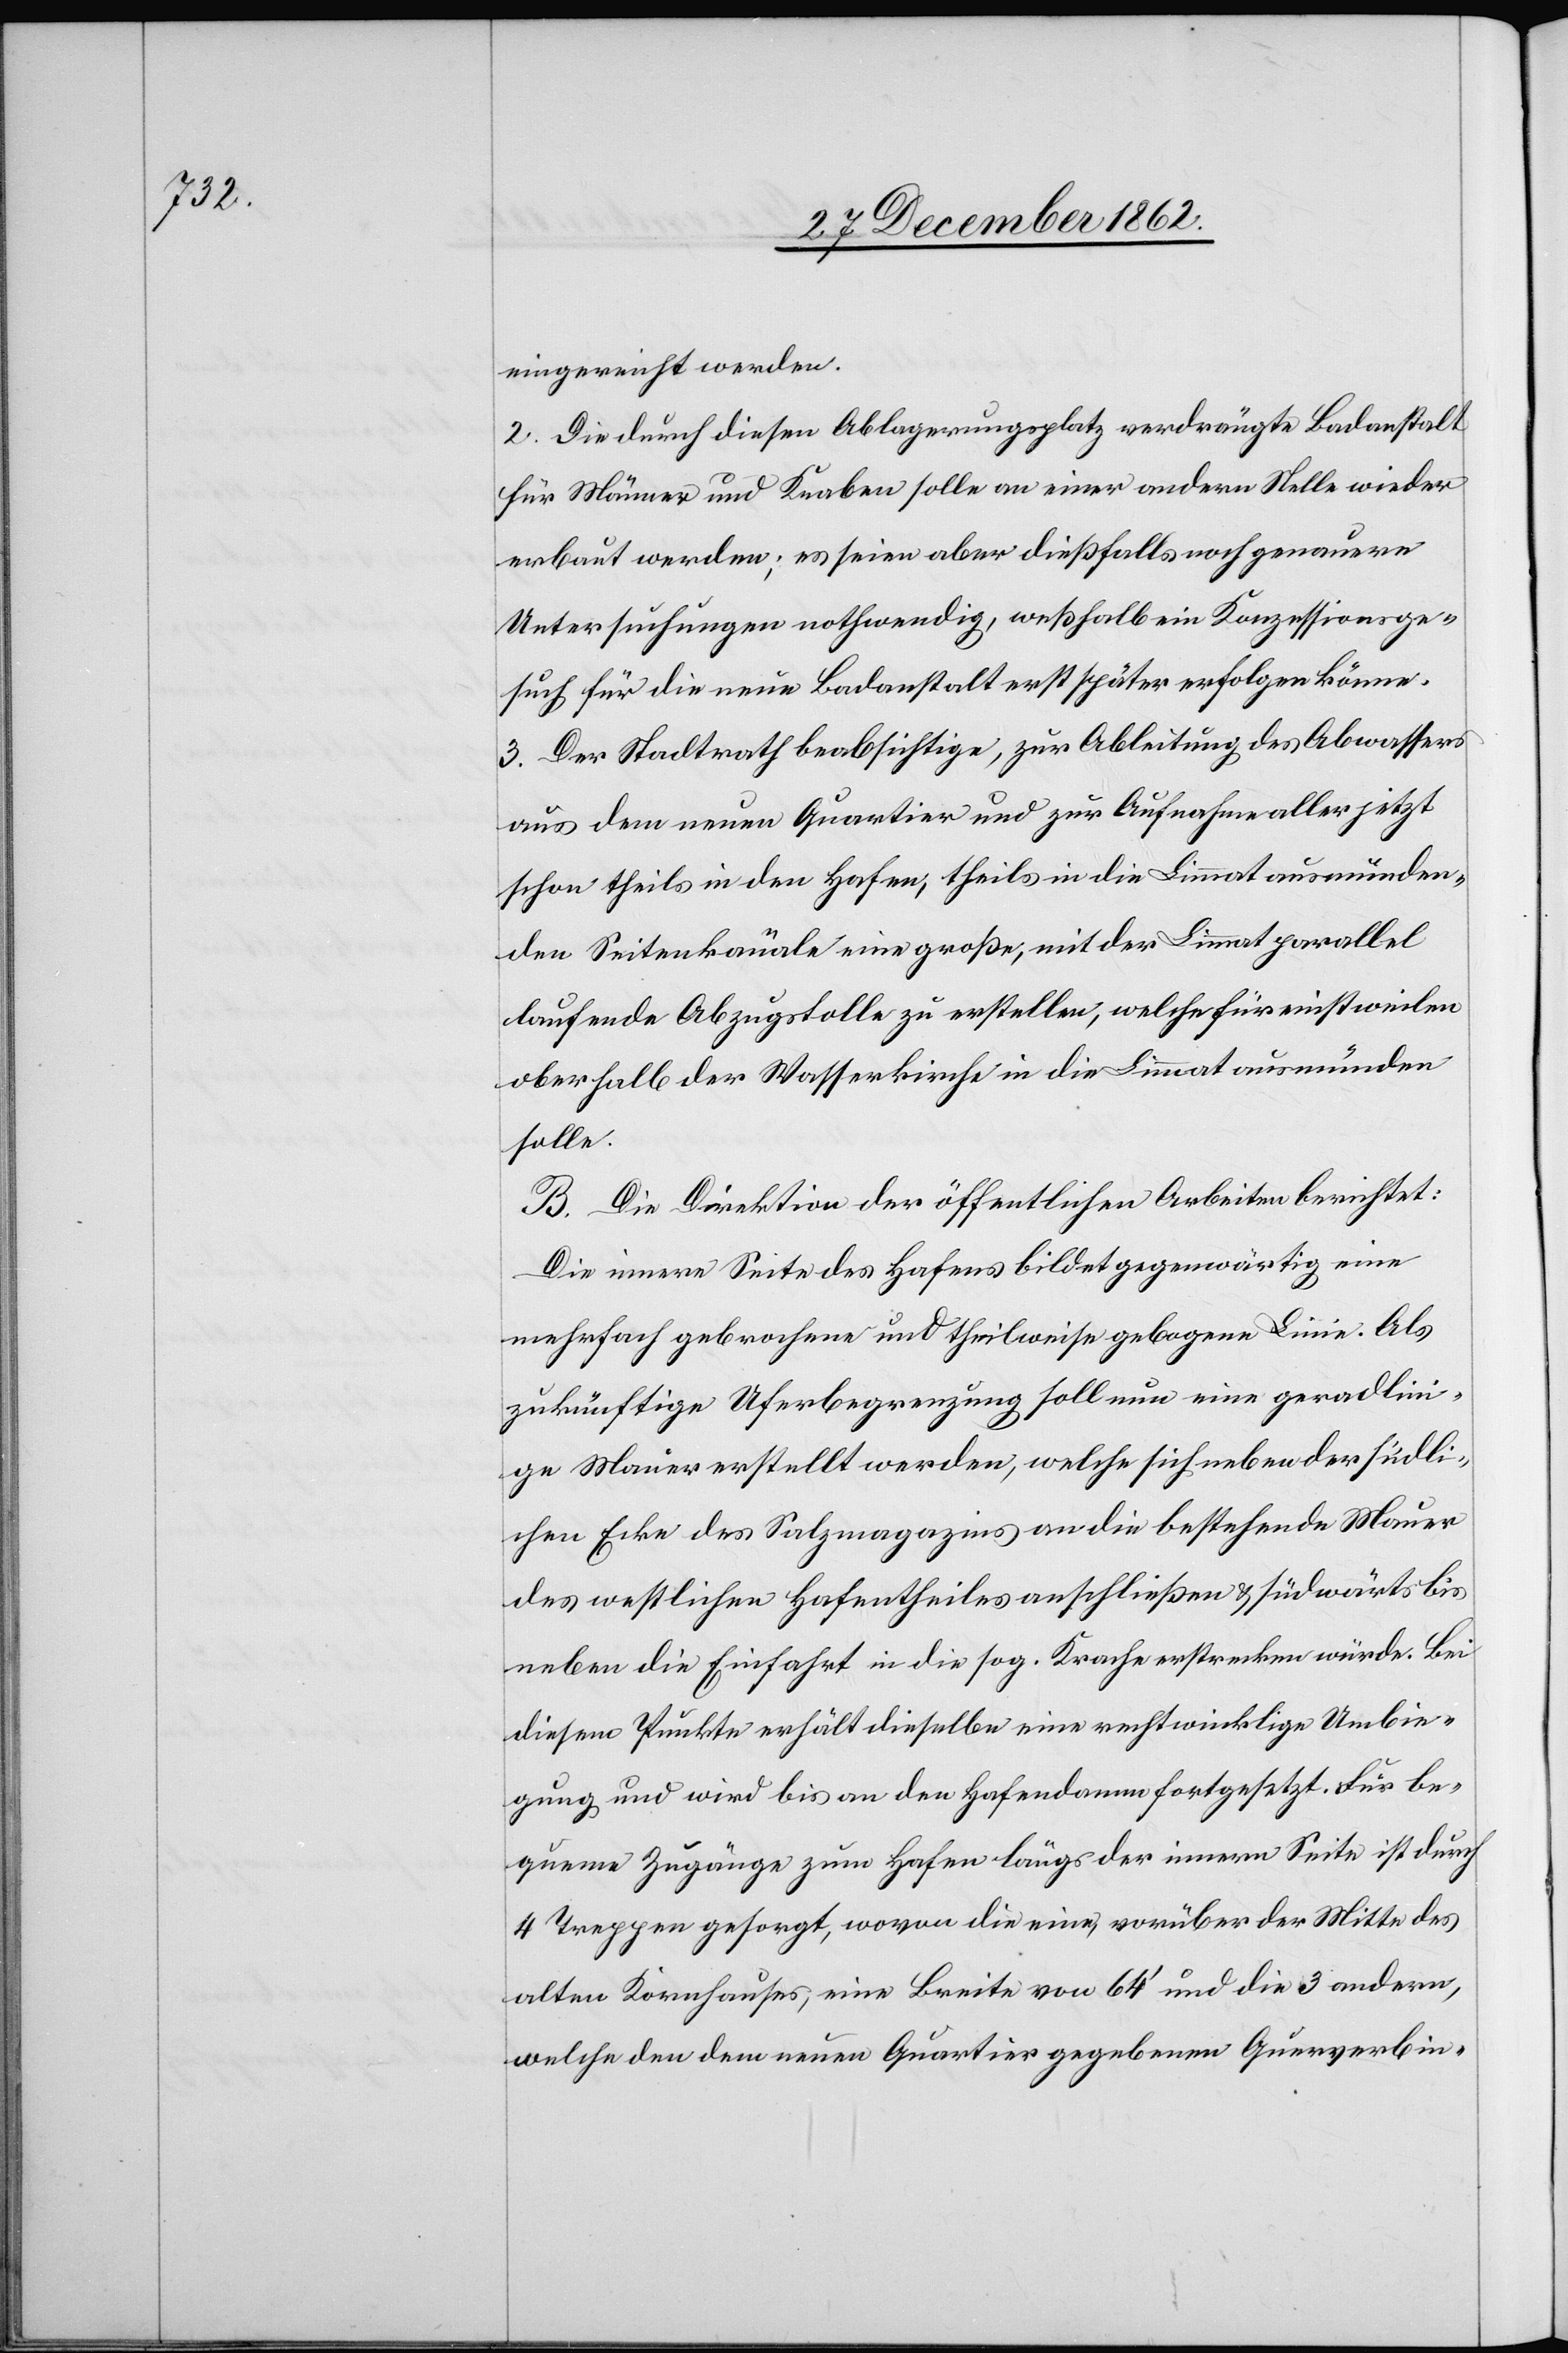
eingereicht werden.
2. Die durch diesen Ablagerungsplatz verdrängte Badanstalt
für Männer und Knaben solle an einer andern Stelle wieder
erbaut werden; es seien aber dießfalls noch genauere
Untersuchungen nothwendig, weßhalb ein Konzessionsge¬
such für die neue Badanstalt erst später erfolgen könne.
3. Der Stadtrath beabsichtige, zur Ableitung des Abwassers
aus dem neuen Quartier und zur Aufnahme aller jetzt
schon theils in den Hafen, theils in die Limmat ausmünden¬
den Seitenkanäle eine große, mit der Limmat parallel
laufende Abzugstolle zu erstellen, welche für einstweilen
oberhalb der Wasserkirche in die Limmat ausmünden
solle.
B. Die Direktion der öffentlichen Arbeiten berichtet:
Die innere Seite des Hafens bildet gegenwärtig eine
mehrfach gebrochene und theilweise gebogene Linie. Als
zukünftige Uferbegrenzung soll nun eine geradlin¬
ige Mauer erstellt werden, welche sich neben der südli¬
chen Ecke des Salzmagazins an die bestehende Mauer
des westlichen Hafentheiles anschließen u. südwärts bis
neben die Einfahrt in die sog. Krache erstrecken würde. Bei
diesem Punkte erhält dieselbe eine rechtwinklige Umbie¬
gung und wird bis an den Hafendamm fortgesetzt. Für be¬
queme Zugänge zum Hafen längs der innern Seite ist durch
4 Treppen gesorgt, wovon die eine vorüber der Mitte des
alten Kornhauses, eine Breite von 64’ und die 3 andern,
welche den dem neuen Quartier gegebenen Querverbin-